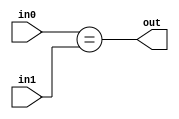
module equal#(parameter DATA_SIZE = 8)
             (input [DATA_SIZE-1:0] in0, input [DATA_SIZE-1:0] in1, output out);
    reg outReg;
    
    assign out = outReg;
    
    always @* begin
        outReg = (in0 == in1);
    end
endmodule